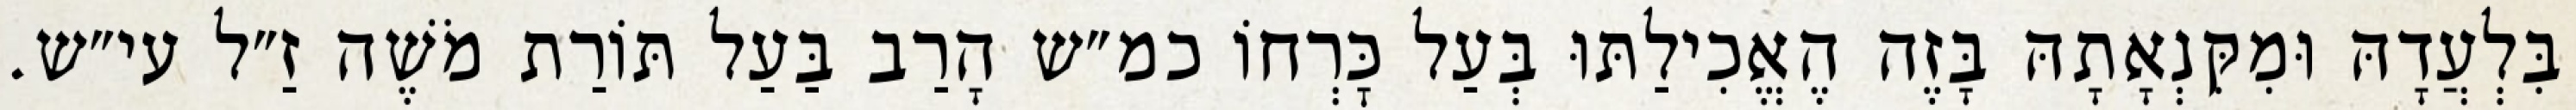
בִּלְעֲדָהּ וּמִקִּנְאָתָהּ בָּזֶה הֶאֱכִילַתּוּ בְּעַל כׇּרְחוֹ כמ״ש הָרַב בַּעַל תּוֹרַת מֹשֶׁה זַ״ל עי״ש.